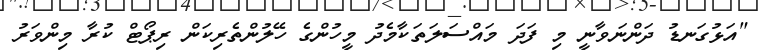
"އަޅުގަނޑު ދަންނަވާނީ މި ފަދަ މައްސަލަތަކާމެދު މީހުންގެ ހޭލުންތެރިކަން ރިޕޯޓް ކުރާ މިންވަރު